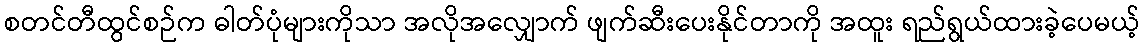
စတင်တီထွင်စဉ်က ဓါတ်ပုံများကိုသာ အလိုအလျှောက် ဖျက်ဆီးပေးနိုင်တာကို အထူး ရည်ရွယ်ထားခဲ့ပေမယ့်